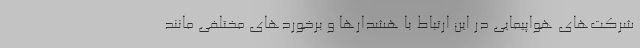
شرکت‌های هواپیمایی در این ارتباط با هشدارها و برخوردهای مختلفی مانند